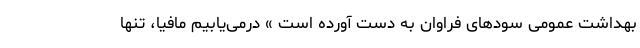
بهداشت عمومی سودهای فراوان به دست آورده است » درمی‌یابیم مافیا، تنها